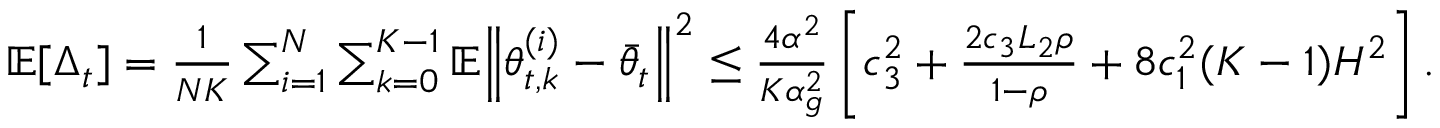
\begin{array} { r } { \mathbb { E } [ \Delta _ { t } ] = \frac { 1 } { N K } \sum _ { i = 1 } ^ { N } \sum _ { k = 0 } ^ { K - 1 } \mathbb { E } \Big \lVert \theta _ { t , k } ^ { ( i ) } - \bar { \theta } _ { t } \Big \rVert ^ { 2 } \le \frac { 4 \alpha ^ { 2 } } { K \alpha _ { g } ^ { 2 } } \left[ c _ { 3 } ^ { 2 } + \frac { 2 c _ { 3 } L _ { 2 } \rho } { 1 - \rho } + 8 c _ { 1 } ^ { 2 } ( K - 1 ) H ^ { 2 } \right] . } \end{array}